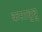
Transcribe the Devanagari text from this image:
कसावुबु